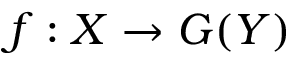
f : X \to G ( Y )